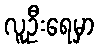
လူဦးရေမှာ